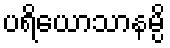
ပရိယောသာနမ္ပိ